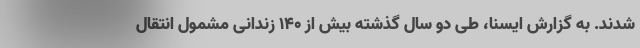
شدند. به گزارش ایسنا، طی دو سال گذشته بیش از ۱۴۰ زندانی مشمول انتقال